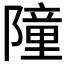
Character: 𮥤